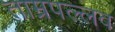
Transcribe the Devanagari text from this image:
ताम्रपल्लव